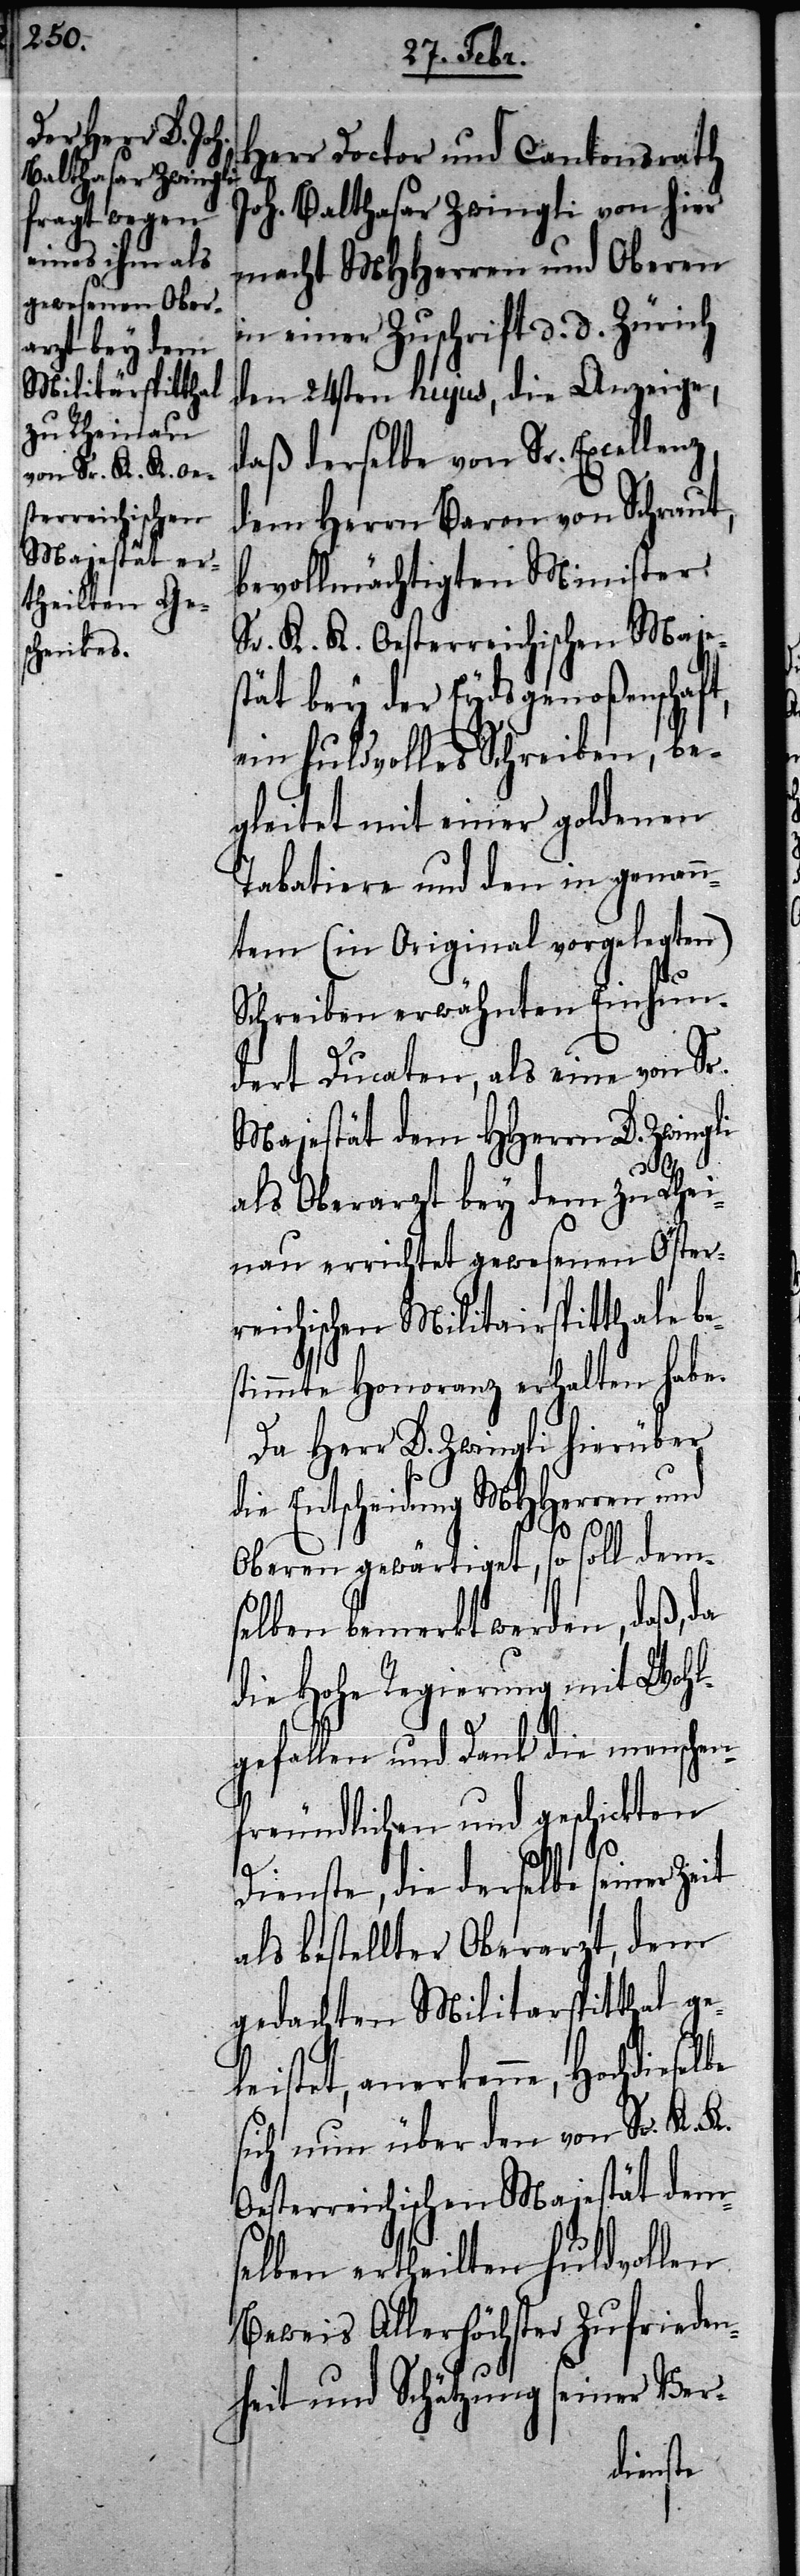
Herr Doctor und Cantonsrath
e¬
Joh. Balthasar Zwingli von hier
macht MHHerren und Obern
in einer Zuschrift d. d. Zürich
den 24sten hujus, die Anzeige,
daß derselbe von Sr. Excellen¬
dem Herrn Baron von Schraut,
bevollmächtigten Minister
Sr. K. K. Oesterreichischen Maje¬
stät bey der Eydsgenoßenschaft,
ein huldvolles Schreiben, be¬
gleitet mit einer goldenen
Tabatiere und den in genann¬
tem (in Original vorgelegten)
Schreiben erwähnten Einhun¬
dert Ducaten, als eine von Sr.
Majestät dem HHerrn D. Zwingli
z,
als Oberarzt bey dem zu Rhei¬
nau errichtet gewesenen Öster¬
reichischen Militairspitthale b¬
stimmte Honoranz erhalten habe.
Da Herr D. Zwingli hierüber
die Entscheidung MHHerren und
Obern gewärtiget, so soll dem¬
selben bemerkt werden, daß, da
die Hohe Regierung mit Wohl¬
gefallen und Dank die menschen¬
freundlichen und geschickten
Dienste, die derselbe seiner Zeit
als bestellter Oberarzt, dem
gedachten Militarspitthal ge¬
leistet, anerkenne,
sich nun über den von Sr. K. K.
Oesterreichischen Majestät dem¬
selben ertheilten huldvollen
Beweis Allerhöchster Zufriede¬
nheit und Schätzung seiner Ver-